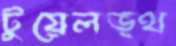
টুয়েলভ্থ